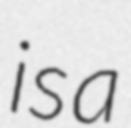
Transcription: is a